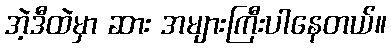
အဲ့ဒီထဲမှာ ဆား အများကြီးပါနေတယ်။